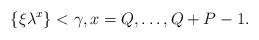
\begin{align*}\{\xi \lambda^x\}< \gamma, x=Q, \ldots, Q+P-1.\end{align*}